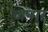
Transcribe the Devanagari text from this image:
जन्गर